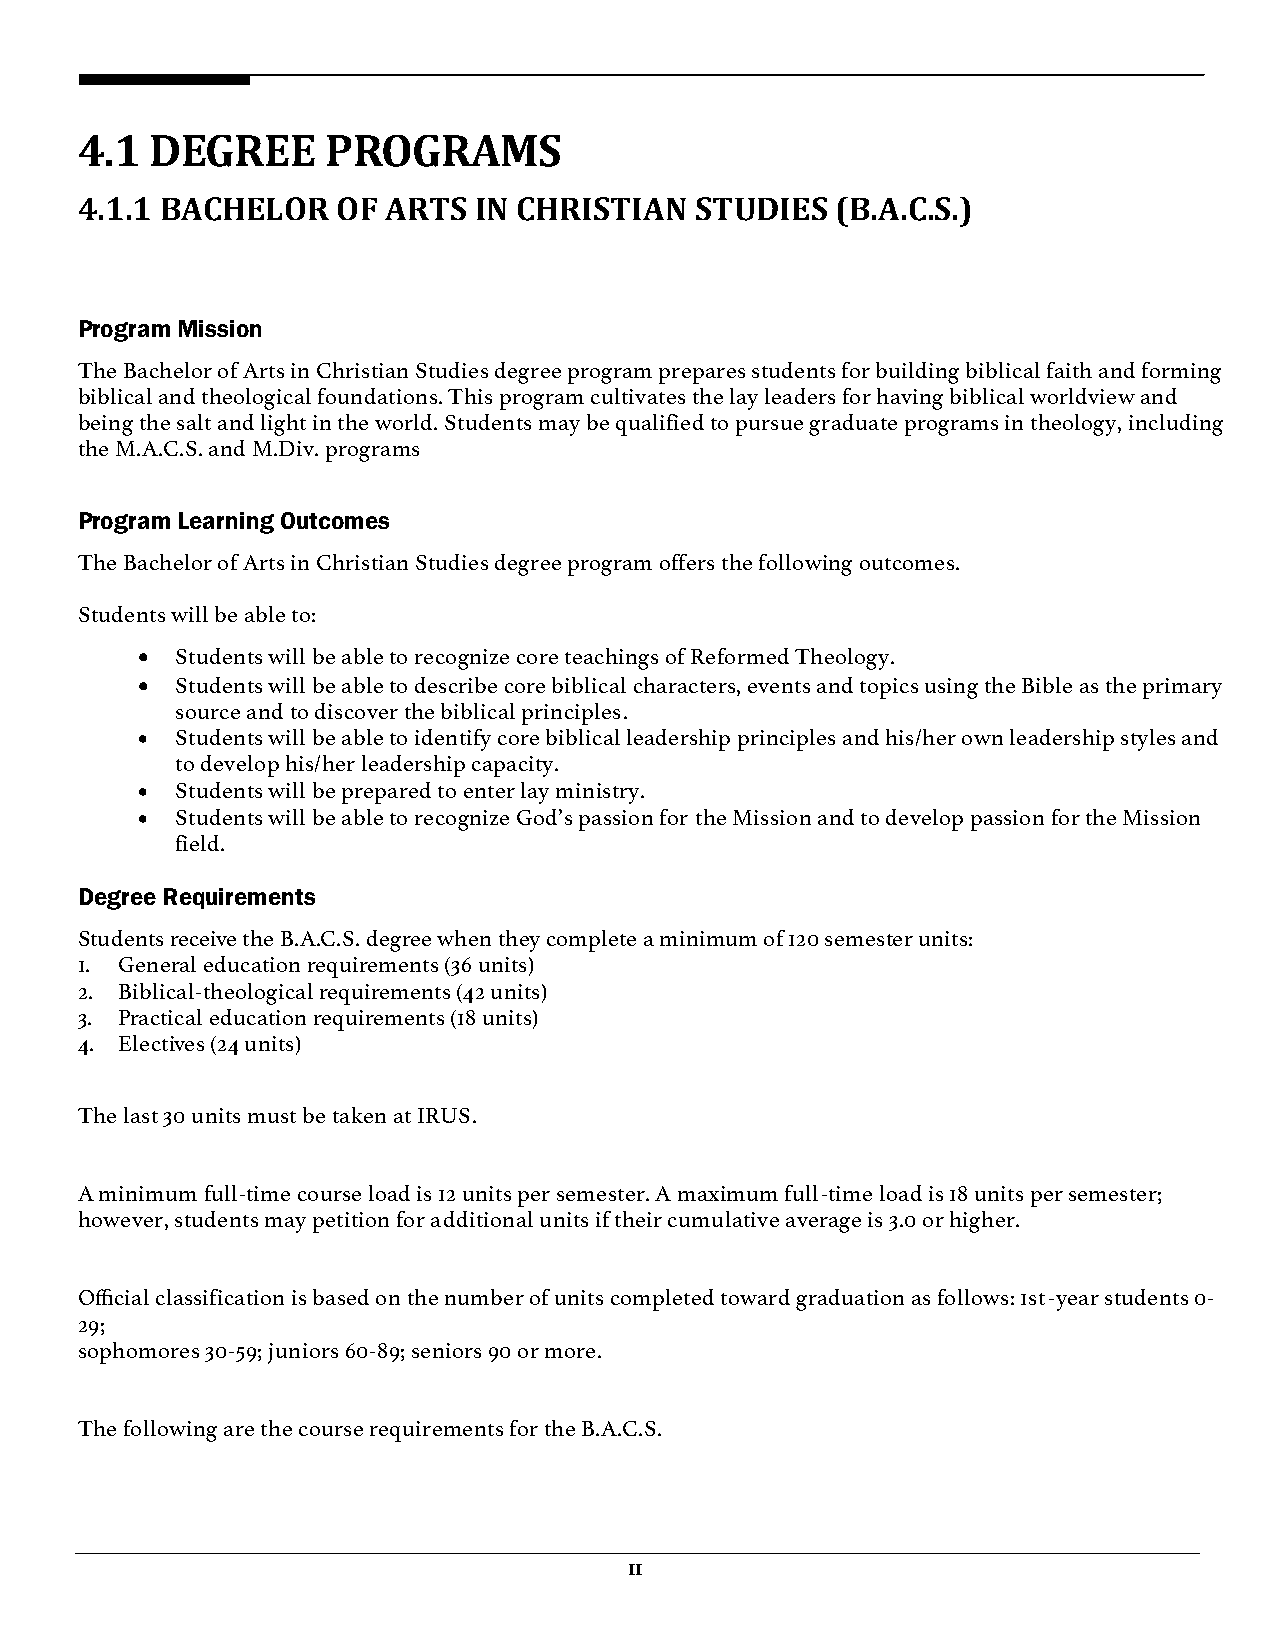
4.1  DEGREE      PROGRAMS
 4.1.1 BACHELOR   OF ARTS  IN CHRISTIAN   STUDIES  (B.A.C.S.)
 Program Mission
 The Bachelor of Arts in Christian Studies degree program prepares students for building biblical faith and forming
 biblical and theological foundations. This program cultivates the lay leaders for having biblical worldview and
 being the salt and light in the world. Students may be qualified to pursue graduate programs in theology, including
 the M.A.C.S. and M.Div. programs
 Program Learning Outcomes
 The Bachelor of Arts in Christian Studies degree program offers the following outcomes.
 Students will be able to:
   Students will be able to recognize core teachings of Reformed Theology.
   Students will be able to describe core biblical characters, events and topics using the Bible as the primary
 source and to discover the biblical principles.
   Students will be able to identify core biblical leadership principles and his/her own leadership styles and
 to develop his/her leadership capacity.
   Students will be prepared to enter lay ministry.
   Students will be able to recognize God’s passion for the Mission and to develop passion for the Mission
 field.
 Degree Requirements
 Students receive the B.A.C.S. degree when they complete a minimum of 120 semester units:
 1. General education requirements (36 units)
 2. Biblical-theological requirements (42 units)
 3. Practical education requirements (18 units)
 4. Electives (24 units)
 The last 30 units must be taken at IRUS.
 A minimum full-time course load is 12 units per semester. A maximum full-time load is 18 units per semester;
 however, students may petition for additional units if their cumulative average is 3.0 or higher.
 Official classification is based on the number of units completed toward graduation as follows: 1st-year students 0-
 29;
 sophomores 30-59; juniors 60-89; seniors 90 or more.
 The following are the course requirements for the B.A.C.S.
 11